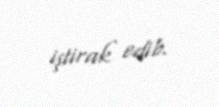
iştirak edib.